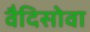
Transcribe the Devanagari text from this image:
वैदिसोवा